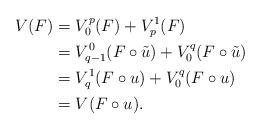
LaTeX: \begin{align*}V(F) &= V_0^p(F)+V_p^1(F)\\&= V_{q-1}^0(F\circ\tilde{u})+V_0^q(F\circ\tilde{u})\\&= V_q^1(F\circ u)+V_0^q(F\circ u)\\&= V(F\circ u).\end{align*}